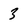
Character: 3